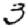
Digit: 3